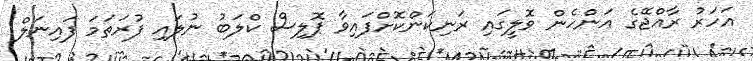
އަހަރު ރާއްޖޭގެ އަންހެން ވޮލީގައި ރަނިކަންކޮށްފައިވާ ޕޮލިސް ކްލަބު ނުލައި ފުރަތަމަ ފައިނަލް